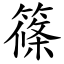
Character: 篠